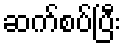
ဆက်စပ်ပြီး